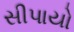
સીપાયો